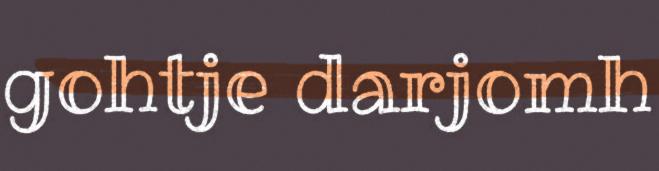
gohtje darjomh